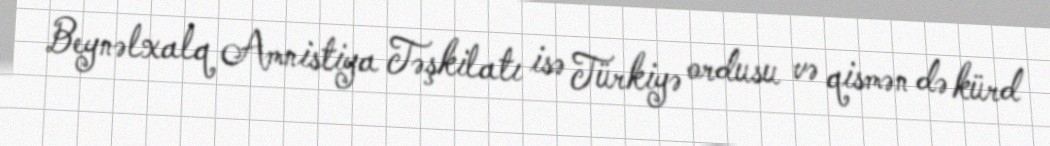
Beynəlxalq Amnistiya Təşkilatı isə Türkiyə ordusu və qismən də kürd